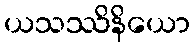
ယသဿိနိယော